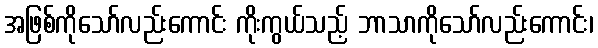
အဖြစ်ကိုသော်လည်းကောင်း ကိုးကွယ်သည့် ဘာသာကိုသော်လည်းကောင်း၊